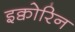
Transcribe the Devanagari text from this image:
इक्वोरिन